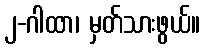
၂-ဂါထာ၊ မှတ်သားဖွယ်။